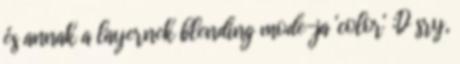
és annak a layernek blending mode-ja 'color' :D sry,